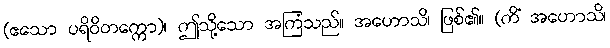
(ဧသော ပရိဝိတက္ကော)၊ ဤသို့သော အကြံသည်။ အဟောသိ၊ ဖြစ်၏။ (ကိံ အဟောသိ၊